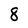
Character: 8